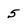
Character: 5